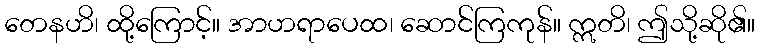
တေနဟိ၊ ထို့ကြောင့်။ အာဟရာပေထ၊ ဆောင်ကြကုန်။ ဣတိ၊ ဤသို့ဆို၏။